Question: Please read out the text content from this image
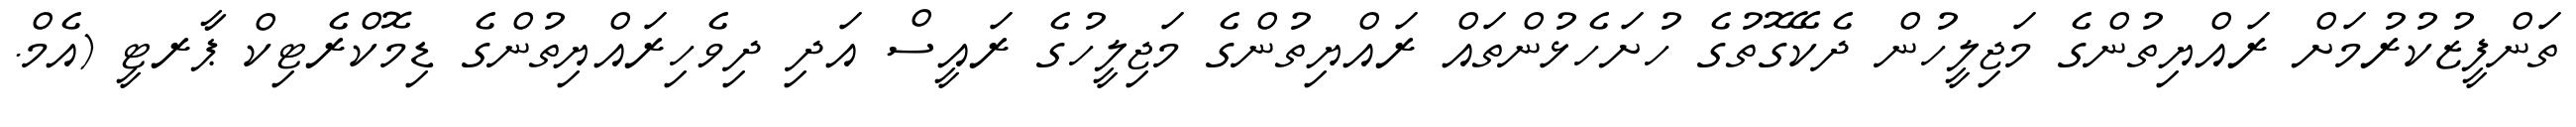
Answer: ތަންފީޒުކުރުމަށް ރައްޔިތުންގެ މަޖިލީހުން ދެކޭގޮތުގެ ހުށަހެޅުންތައް ރައްޔިތުންގެ މަޖިލީހުގެ ރައީސް އަދި ދިވެހިރައްޔިތުންގެ ޑިމޮކްރެޓިކް ޕާރޓީ (އެމް.